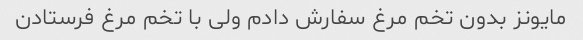
مایونز بدون تخم مرغ سفارش دادم ولی با تخم مرغ فرستادن